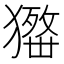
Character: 𤢋